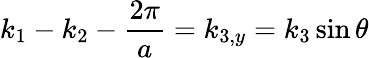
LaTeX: k_{1}-k_{2}-\frac{2\pi}{a}=k_{3,y}=k_{3}\sin\theta